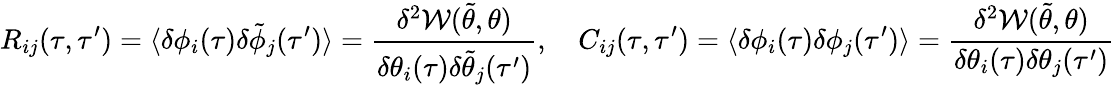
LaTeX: R_{ij}(\tau,\tau^{\prime})=\langle\delta\phi_{i}(\tau)\delta\tilde{\phi}_{j}(\tau^{\prime})\rangle=\frac{\delta^{2}\mathcal{W}(\tilde{\theta},\theta)}{\delta\theta_{i}(\tau)\delta\tilde{\theta}_{j}(\tau^{\prime})},\quad C_{ij}(\tau,\tau^{\prime})=\langle\delta\phi_{i}(\tau)\delta\phi_{j}(\tau^{\prime})\rangle=\frac{\delta^{2}\mathcal{W}(\tilde{\theta},\theta)}{\delta\theta_{i}(\tau)\delta\theta_{j}(\tau^{\prime})}